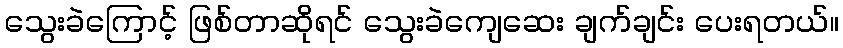
သွေးခဲကြောင့် ဖြစ်တာဆိုရင် သွေးခဲကျေဆေး ချက်ချင်း ပေးရတယ်။